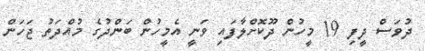
ދުވަސް ދީފި 19 މީހުން ދޫކޮށްލާފައި ވަނީ އެމީހުން ބަންދުގެ މުއްދަތު ޖަހަން